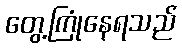
တွေ့ကြုံနေရသည်